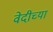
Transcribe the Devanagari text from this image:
वेदीच्या